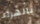
بالهراء